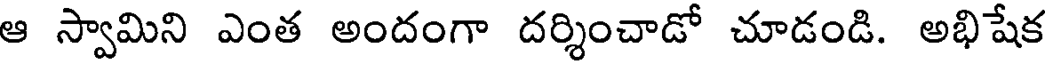
ఆ స్వామిని ఎంత అందంగా దర్శించాడో చూడండి. అభిషేక